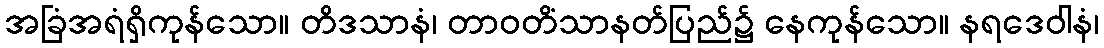
အခြံအရံရှိကုန်သော။ တိဒသာနံ၊ တာဝတိံသာနတ်ပြည်၌ နေကုန်သော။ နရဒေဝါနံ၊